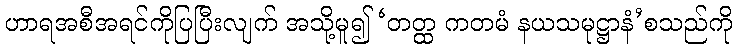
ဟာရအစီအရင်ကိုပြပြီးလျက် အသို့မူ၍ ‘တတ္ထ ကတမံ နယသမုဋ္ဌာနံ’စသည်ကို